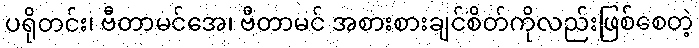
ပရိုတင်း၊ ဗီတာမင်အေ၊ ဗီတာမင် အစားစားချင်စိတ်ကိုလည်းဖြစ်စေတဲ့